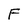
Character: F